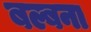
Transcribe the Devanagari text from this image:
बल्बना